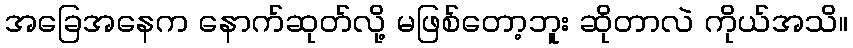
အခြေအနေက နောက်ဆုတ်လို့ မဖြစ်တော့ဘူး ဆိုတာလဲ ကိုယ်အသိ။